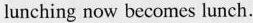
lunching now becomes lunch.